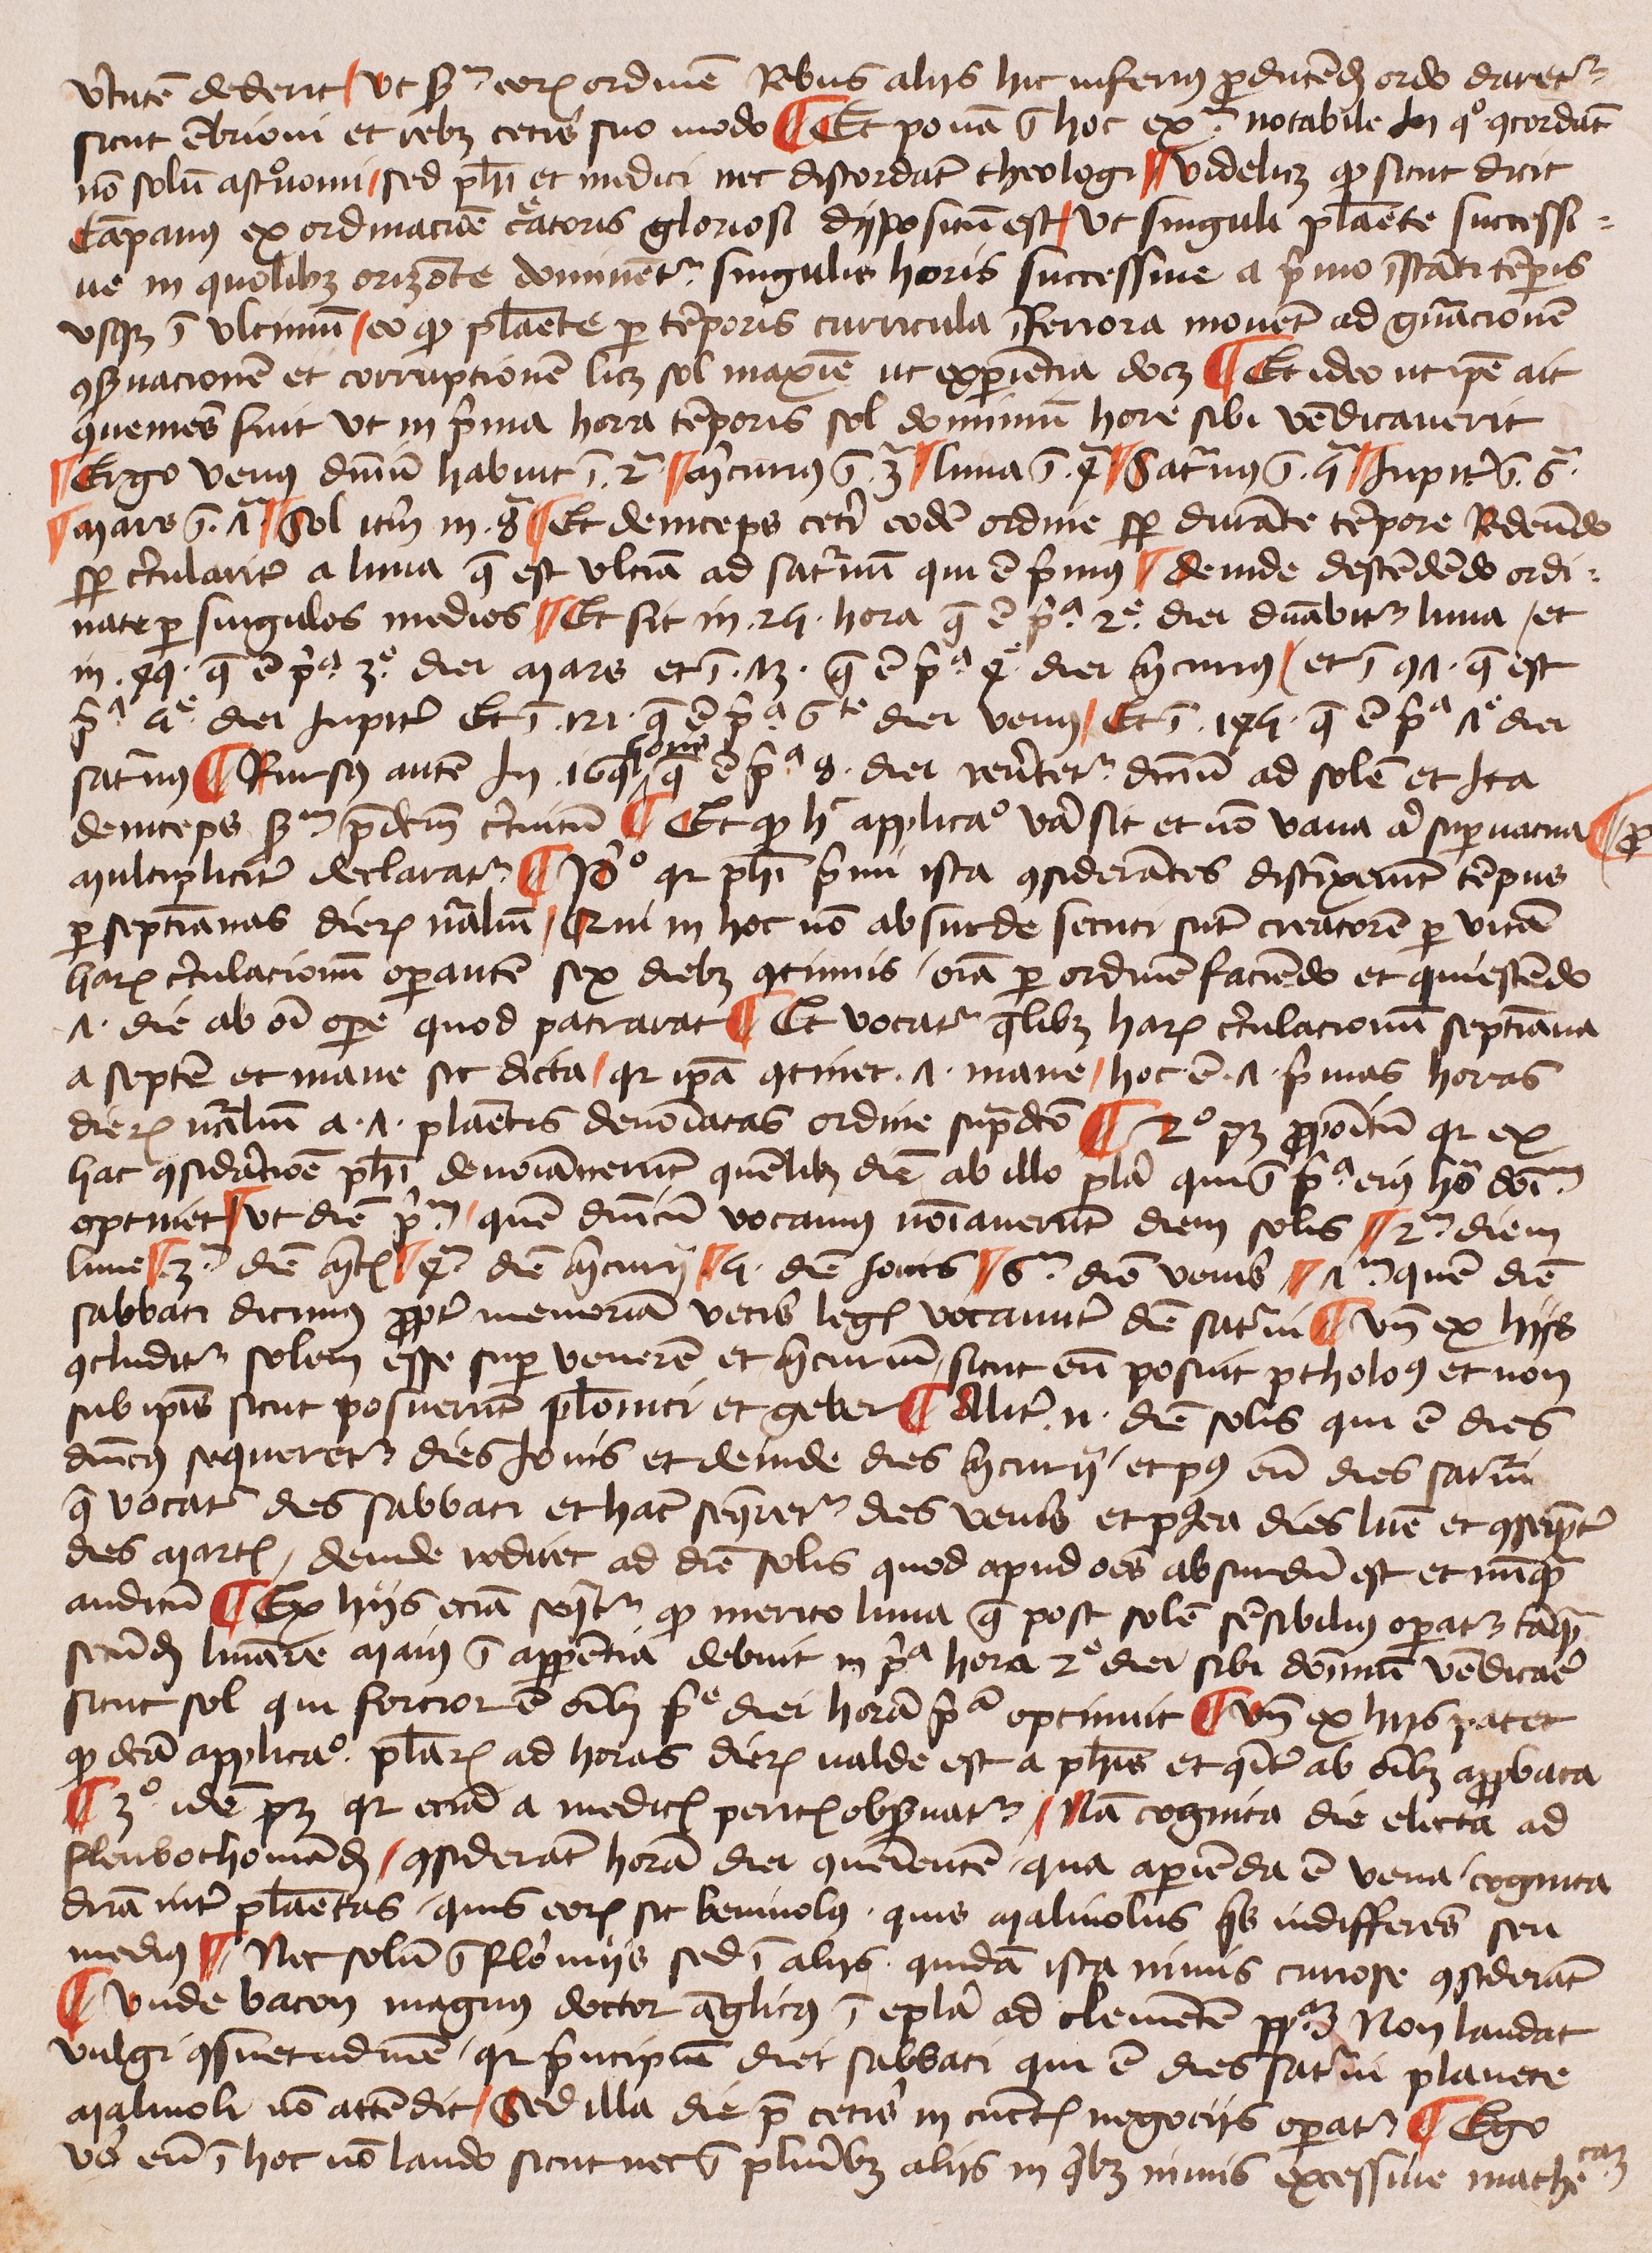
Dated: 1425–1449